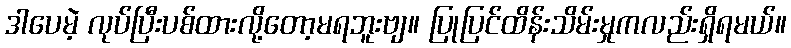
ဒါပေမဲ့ လုပ်ပြီးပစ်ထားလို့တော့မရဘူးဗျ။ ပြုပြင်ထိန်းသိမ်းမှုကလည်းရှိရမယ်။